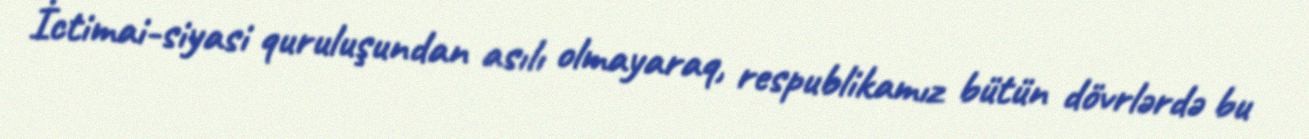
İctimai-siyasi quruluşundan asılı olmayaraq, respublikamız bütün dövrlərdə bu